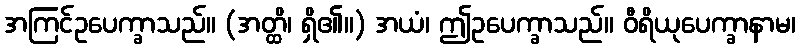
အကြင်ဥပေက္ခာသည်။ (အတ္ထိ၊ ရှိ၏။) အယံ၊ ဤဥပေက္ခာသည်။ ဝီရိယုပေက္ခာနာမ၊